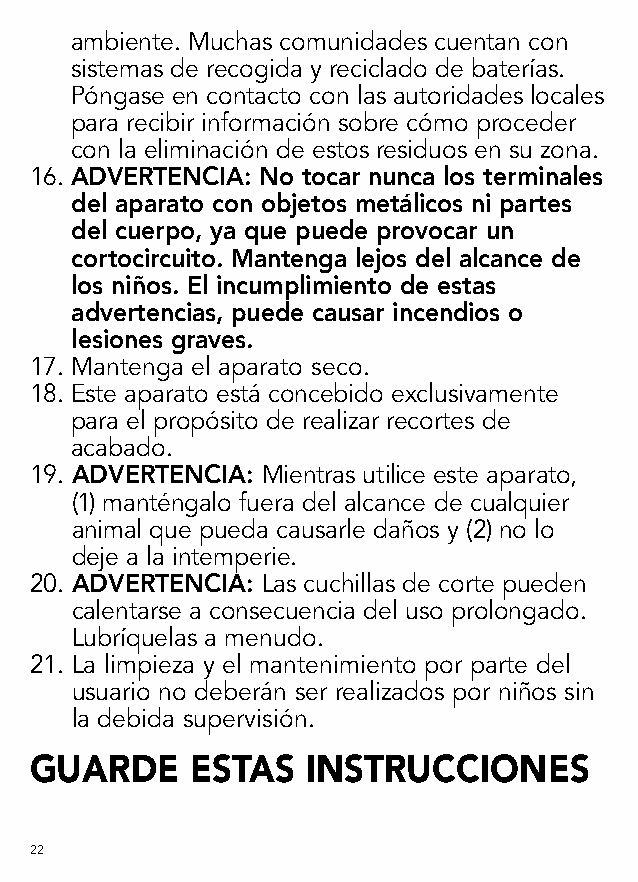
ambiente. Muchas comunidades cuentan con
 sistemas de recogida y reciclado de baterías.
 Póngase en contacto con las autoridades locales
 para recibir información sobre cómo proceder
 con la eliminación de estos residuos en su zona.
 16. ADVERTENCIA: No tocar nunca los terminales
 del aparato con objetos metálicos ni partes
 del cuerpo, ya que puede provocar un
 cortocircuito. Mantenga lejos del alcance de
 los niños. El incumplimiento de estas
 advertencias, puede causar incendios o
 lesiones graves.
 17. Mantenga el aparato seco.
 18. E ste aparato está concebido exclusivamente
 para el propósito de realizar recortes de
 acabado.
 19. ADVERTENCIA: Mientras utilice este aparato,
 (1) manténgalo fuera del alcance de cualquier
 animal que pueda causarle daños y (2) no lo
 deje a la intemperie.
 20. ADVERTENCIA: Las cuchillas de corte pueden
 calentarse a consecuencia del uso prolongado.
 Lubríquelas a menudo.
 21. La limpieza y el mantenimiento por parte del
 usuario no deberán ser realizados por niños sin
 la debida supervisión.
 GUARDE     ESTAS  INSTRUCCIONES
 22